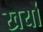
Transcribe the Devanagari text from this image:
खर्यो